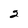
Character: 2